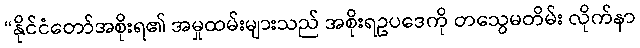
“နိုင်ငံတော်အစိုးရ၏ အမှုထမ်းများသည် အစိုးရဥပဒေကို တသွေမတိမ်း လိုက်နာ